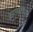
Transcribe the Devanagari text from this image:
सलमपंजा